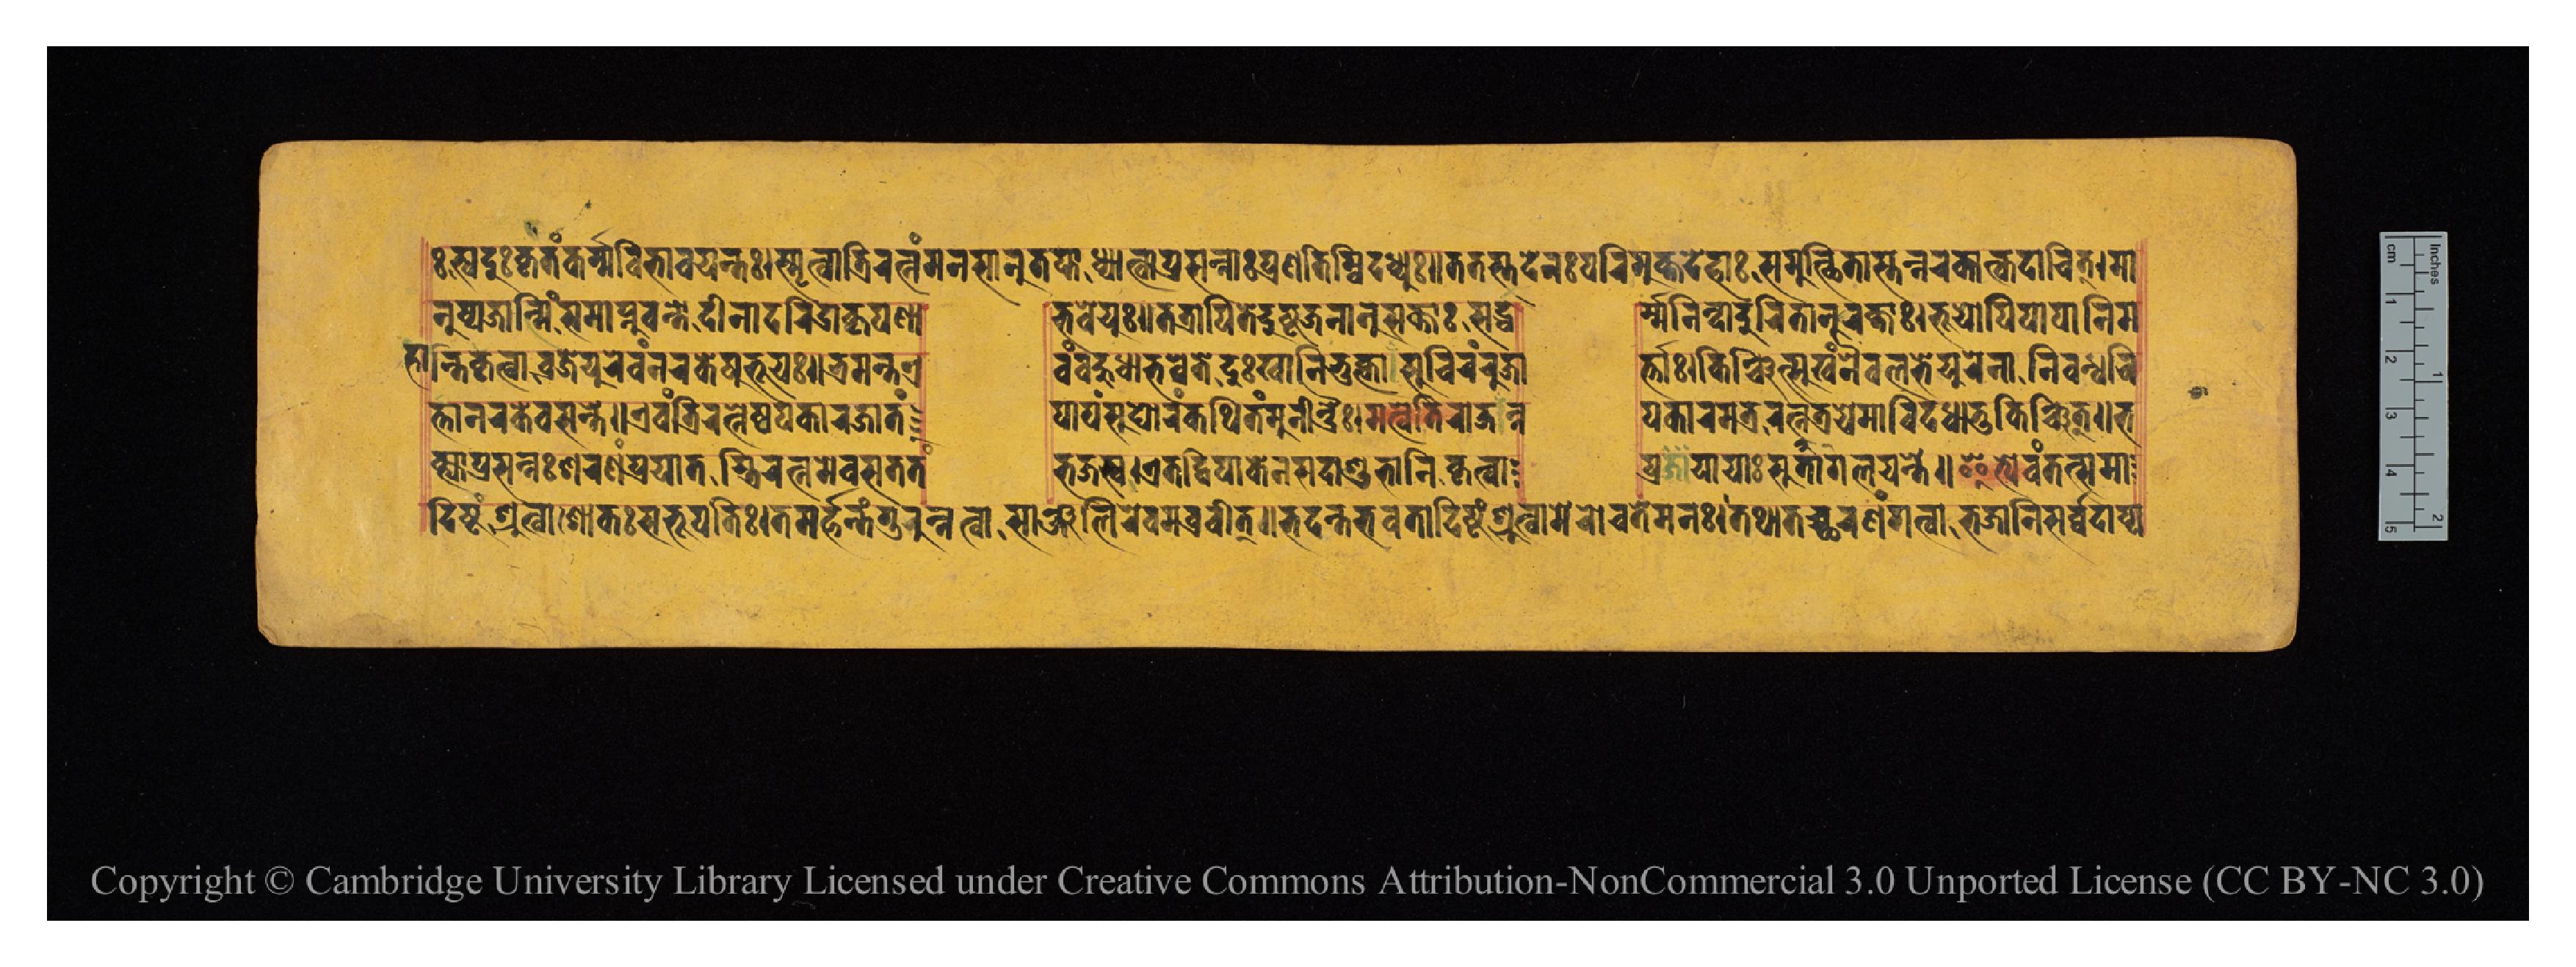
𑑅𑐳𑑂𑐰𑐡𑐸𑐲𑑂𑐎𑐺𑐟𑑄𑐎𑐬𑑂𑐩𑐰𑐶𑐨𑐵𑐰𑐫𑐣𑑂𑐟𑑅𑑋𑐳𑑂𑐩𑐺𑐟𑑂𑐰𑐵𑐟𑑂𑐬𑐶𑐬𑐟𑑂𑐣𑑄𑐩𑐣𑐳𑐵𑐣𑐸𑐟𑐥𑑂𑐟𑐵𑐢𑑂𑐫𑐵𑐟𑑂𑐰𑐵𑐥𑑂𑐬𑐳𑐣𑑂𑐣𑐵𑑅𑐥𑑂𑐬𑐞𑐟𑐶𑑄𑐰𑐶𑐡𑐢𑑂𑐫𑐸𑑅𑑌𑐟𑐟𑐳𑑂𑐟𑐡𑐾𑐣𑑅𑐥𑐬𑐶𑐩𑐸𑐎𑑂𑐟𑐡𑐾𑐴𑐵𑑅𑐳𑐩𑐸𑐟𑑂𑐠𑐶𑐟𑐵𑐣𑑂𑐣𑐬𑐎𑐵𑐟𑑂𑐎𑐡𑐵𑐔𑐶𑐟𑑂𑑋𑐩𑐵 𑐣𑐸𑐲𑑂𑐫𑐖𑐵𑐟𑐶𑑄𑐳𑐩𑐵𑐥𑑂𑐣𑐸𑐰𑐣𑑂𑐟𑑀𑐡𑐷𑐣𑐵𑐡𑐬𑐶𑐡𑑂𑐬𑐵𑐎𑐺𑐥𑐞𑐵  𑐨𑐰𑐾𑐫𑐸𑑅𑑌𑐟𑐟𑑂𑐬𑐵𑐥𑐶𑐟𑐾𑐡𑐸𑐲𑑂𑐚𑐖𑐵𑐣𑐸𑐳𑐎𑑂𑐟𑐵𑐁𑑅𑐳𑐡𑑂𑐢  𑐬𑑂𑐩𑑂𑐩𑐣𑐶𑐣𑑂𑐡𑐵𑐡𑐸𑐬𑐶𑐟𑐵𑐣𑐸𑐬𑐎𑑂𑐟𑐵𑑅𑑋𑐨𑐹𑐫𑑀𑐥𑐶𑐥𑐵𑐥𑐵𑐣𑐶𑐩 𑐴𑐵𑐣𑑂𑐟𑐶𑐎𑐺𑐟𑑂𑐰𑐵𑐰𑑂𑐬𑐖𑐾𑐫𑐸𑐬𑐾𑐰𑑄𑐣𑐬𑐎𑐾𑐲𑐸𑐨𑐹𑐫𑑅𑑌𑐨𑑂𑐬𑐩𑐣𑑂𑐟𑐊  𑐰𑑄𑐧𑐴𑐸𑐢𑐵𑐨𑐰𑐾𑐟𑐾𑐡𑐸𑑅𑐏𑐵𑐣𑐶𑐨𑐸𑐎𑑂𑐟𑑂𑐰𑐵𑐳𑐔𑐶𑐬𑑄𑐬𑐸𑐖𑐵  𑐬𑑂𑐟𑐵𑑅𑑋𑐎𑐶𑐘𑑂𑐔𑐶𑐟𑑂𑐳𑐸𑐏𑑄𑐣𑐿𑐰𑐮𑐨𑐾𑐫𑐸𑐬𑐾𑐣𑑀𑐣𑐶𑐧𑐣𑑂𑐢𑐔𑐶 𑐟𑑂𑐟𑐵𑐣𑐬𑐎𑐾𑐰𑐳𑐣𑑂𑐟𑐾𑑌𑐊𑐰𑑄𑐟𑑂𑐬𑐶𑐬𑐟𑑂𑐣𑐾𑐲𑑂𑐰𑐥𑐎𑐵𑐬𑐖𑐵𑐟𑑄  𑐥𑐵𑐥𑑄𑐳𑐸𑐑𑑀𑐬𑑄𑐎𑐠𑐶𑐟𑑄𑐩𑐸𑐣𑐷𑐣𑑂𑐡𑑂𑐬𑐿𑑅𑑋𑐩𑐟𑑂𑐰𑐾𑐟𑐶𑐬𑐵𑐖𑐣𑑂𑐣  𑐥𑐎𑐵𑐬𑐩𑐟𑑂𑐬𑐬𑐟𑑂𑐣𑐟𑑂𑐬𑐫𑐾𑐩𑐵𑐰𑐶𑐡𑐢𑐵𑐟𑐸𑐎𑐶𑐘𑑂𑐔𑐶𑐟𑑂𑑌𑐨 𑐎𑑂𑐟𑑂𑐰𑐵𑐥𑑂𑐬𑐳𑐣𑑂𑐣𑑅𑐱𑐬𑐞𑑄𑐥𑑂𑐬𑐫𑐵𑐟𑐫𑐶𑐬𑐟𑑂𑐣𑐩𑐾𑐰𑐳𑐟𑐟𑑄  𑐨𑐖𑐳𑑂𑐰𑑋𑐊𑐟𑐡𑑂𑐰𑐶𑐥𑐵𑐎𑐾𑐣𑐳𑐡𑐵𑐱𑐸𑐨𑐵𑐣𑐶𑐎𑐺𑐟𑑂𑐰𑐵  𑐥𑑂𑐬𑐫𑐵𑐫𑐵𑑅𑐳𑐸𑐐𑐟𑐵𑐮𑐫𑑄𑐟𑐾𑑌𑐂𑐟𑑂𑐫𑐾𑐰𑑄𑐟𑐟𑑂𑐳𑐩𑐵 𑐡𑐶𑐲𑑂𑐚𑑄𑐱𑑂𑐬𑐸𑐟𑑂𑐰𑐵𑐱𑑀𑐎𑑅𑐳𑐨𑐹𑐥𑐟𑐶𑑅𑑋𑐟𑐩𑐬𑑂𑐴𑐣𑑂𑐟𑑄𑐐𑐸𑐬𑐸𑑄𑐣𑐟𑑂𑐰𑐵𑐳𑐵𑐘𑑂𑐖𑐮𑐶𑐬𑐾𑐰𑐩𑐧𑑂𑐬𑐰𑐷𑐟𑑂𑑌𑐨𑐡𑐣𑑂𑐟𑐨𑐰𑐟𑐵𑐡𑐶𑐲𑑂𑐚𑑄𑐱𑑂𑐬𑐸𑐟𑑂𑐰𑐵𑐩𑐾𑐬𑑀𑐔𑐟𑐾𑐩𑐣𑑅𑑋𑐟𑐠𑐵𑐟𑐔𑑂𑐕𑐬𑐞𑑄𑐐𑐟𑑂𑐰𑐵𑐨𑐖𑐵𑐩𑐶𑐳𑐬𑑂𑐰𑑂𑐰𑐡𑐵𑐥𑑂𑐫